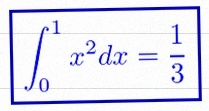
\int_0^1 x^2dx=\frac13